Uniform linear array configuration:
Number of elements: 24
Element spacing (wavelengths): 0.25
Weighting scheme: exponential
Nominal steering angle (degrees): -30
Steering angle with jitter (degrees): -30.588
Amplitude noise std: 0.05
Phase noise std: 0.05

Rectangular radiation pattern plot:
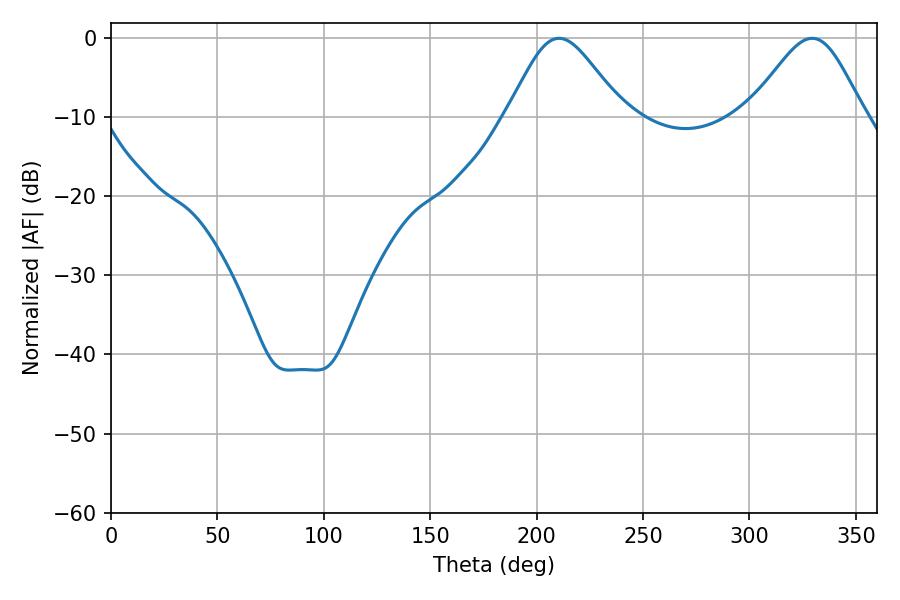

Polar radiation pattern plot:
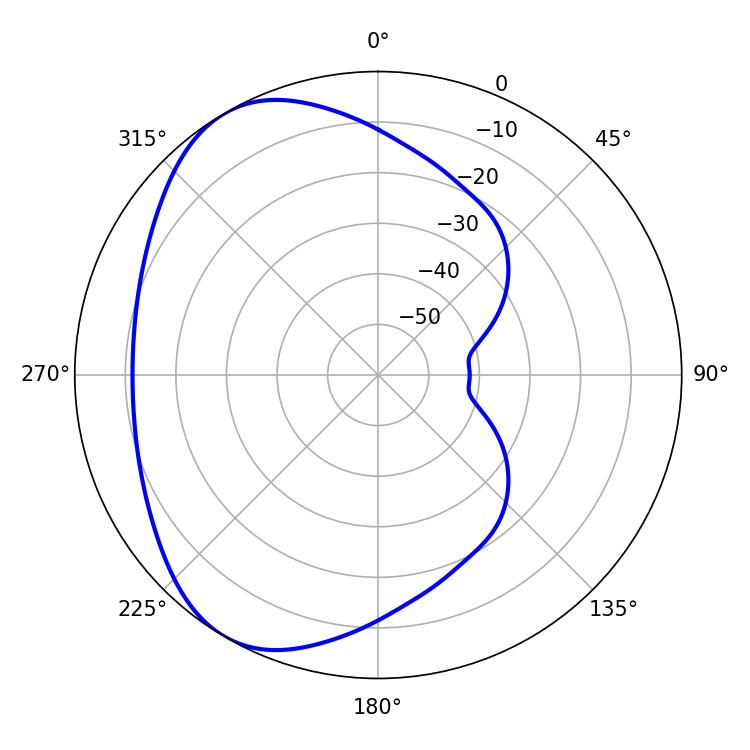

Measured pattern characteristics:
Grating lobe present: FALSE
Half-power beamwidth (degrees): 27
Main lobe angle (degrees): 210.6